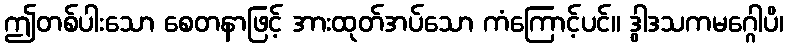
ဤတစ်ပါးသော စေတနာဖြင့် အားထုတ်အပ်သော ကံကြောင့်ပင်။ ဒွါဒသကမဂ္ဂေါပိ၊